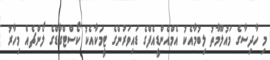
މި ހާދިސާގެ މައުލޫމާތު ލިބުމާއެކު އެމްއެންޑީއެފްގެ ޑައިވަރުންގެ ޓީމަކާއެކު ކޯސްޓްގާޑްގެ ލޯންޗެއް މިހާރު